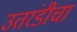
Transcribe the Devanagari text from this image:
उतरंडीचा